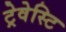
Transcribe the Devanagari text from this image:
ट्रेवेस्टि